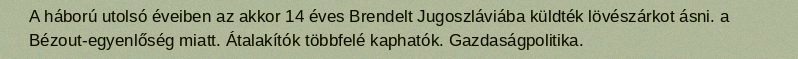
A háború utolsó éveiben az akkor 14 éves Brendelt Jugoszláviába küldték lövészárkot ásni. a Bézout-egyenlőség miatt. Átalakítók többfelé kaphatók. Gazdaságpolitika.